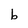
Character: b